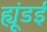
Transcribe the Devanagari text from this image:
ह्यूंडई